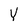
Character: Y